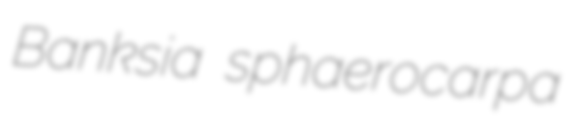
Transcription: Banksia sphaerocarpa